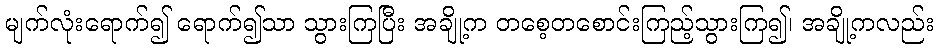
မျက်လုံးရောက်၍ ရောက်၍သာ သွားကြပြီး အချို့က တစေ့တစောင်းကြည့်သွားကြ၍၊ အချို့ကလည်း